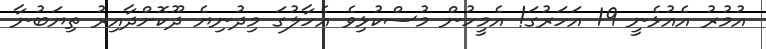
އުމުރު އެއުޅެނީ 19 އަހަރުގަ! އެމީހުން މުސްކުޅިވެ އެހާލުގަ މިދުނިޔެ ދޫކޮށްދާއިރު ތިޔަބުނާ